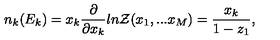
n _ { k } ( E _ { k } ) = x _ { k } \frac { \partial } { \partial x _ { k } } l n { \cal Z } ( x _ { 1 } , . . . x _ { M } ) = \frac { x _ { k } } { 1 - z _ { 1 } } ,